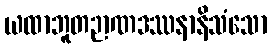
ယထာဘူတဉာဏဒဿနာနိသံသော